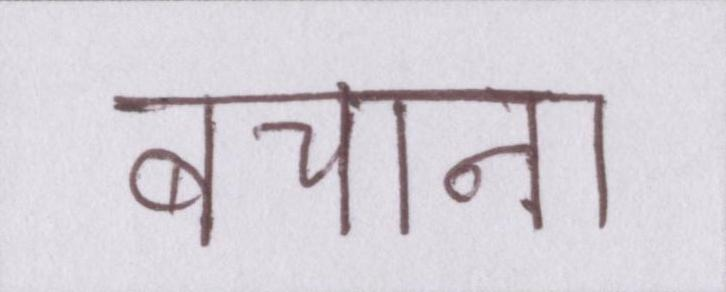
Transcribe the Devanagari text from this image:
बचाना